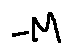
- M